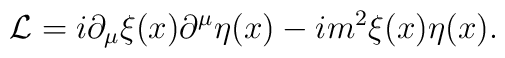
{\cal L}=i\partial_{\mu}\xi(x)\partial^{\mu}\eta(x)-im^{2}\xi(x)\eta(x).